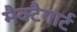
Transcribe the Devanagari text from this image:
मैक्टैगार्ट